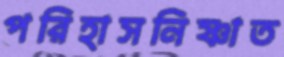
পরিহাসনিষ্ণাত